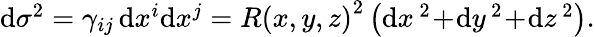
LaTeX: \begin{array}{r}{\mathrm{d}\sigma^{2}=\gamma_{ij}\, \mathrm{d}x^{i}\mathrm{d}x^{j}=R\left(x,y,z\right)^{2}\left(\mathrm{d}x^{\, 2}\! +\! \mathrm{d}y^{\, 2}\! +\! \mathrm{d}z^{\, 2}\right).}\end{array}